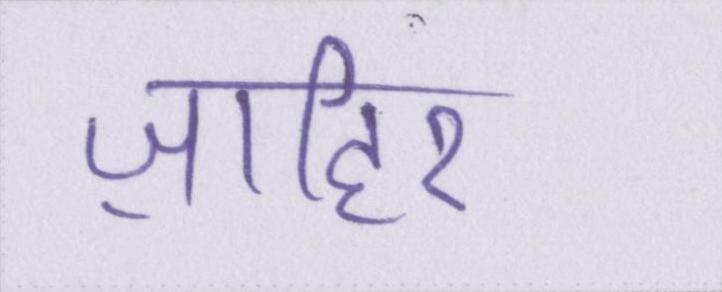
ज़ाहिर